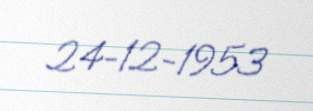
24-12-1953